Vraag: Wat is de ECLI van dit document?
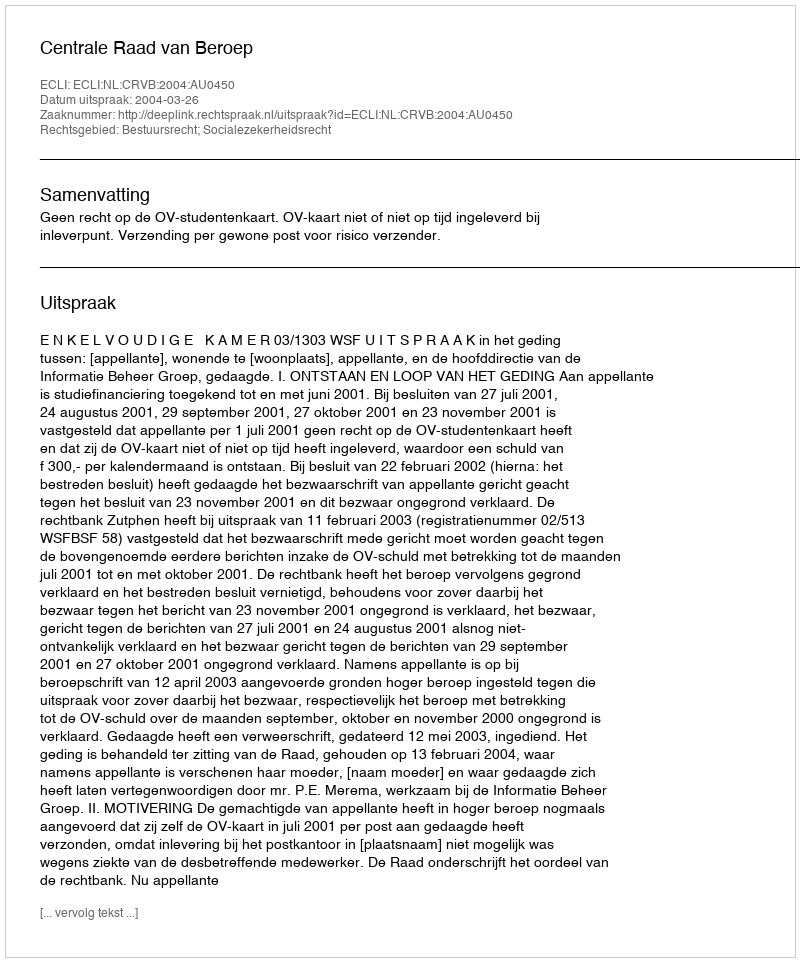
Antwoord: ECLI:NL:CRVB:2004:AU0450